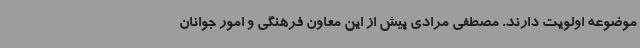
موضوعه اولویت دارند. مصطفی مرادی پیش از این معاون فرهنگی و امور جوانان